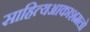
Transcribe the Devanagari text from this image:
साहित्‍यआकाशमलो